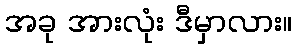
အခု အားလုံး ဒီမှာလား။